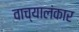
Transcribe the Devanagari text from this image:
वाच्यालंकार